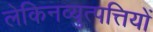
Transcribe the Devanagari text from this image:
लेकिनव्युत्पत्तियों